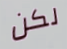
لكن